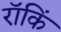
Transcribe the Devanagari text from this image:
रॉकिं